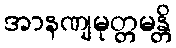
အာနဏျမုတ္တမန္တိ